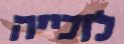
לזכייה